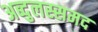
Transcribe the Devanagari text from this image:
अब्दुलस्समद